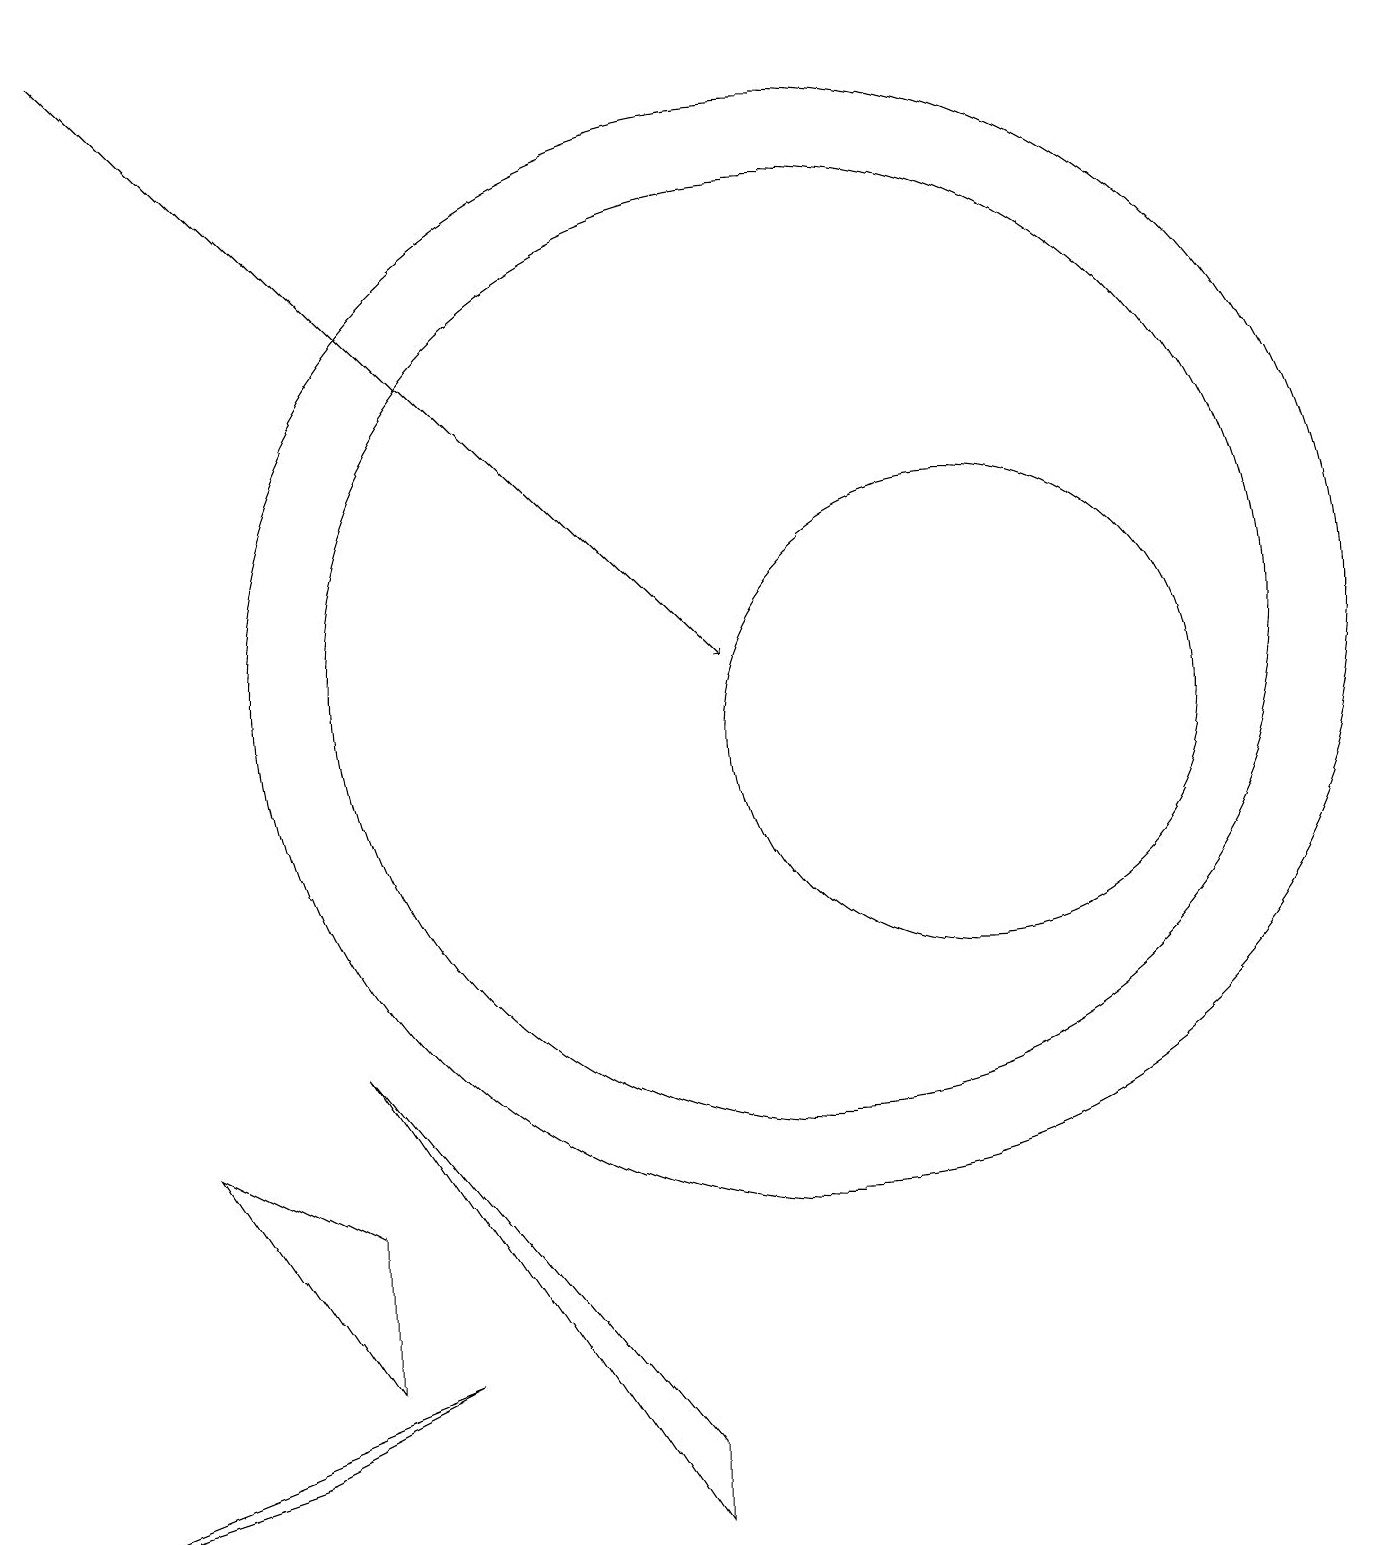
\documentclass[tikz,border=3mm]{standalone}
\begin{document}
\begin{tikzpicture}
\draw (10,11) circle (7);
\draw (12,10) circle (3);
\draw (2,0) -- (0,0) -- (2,0) -- cycle;
\draw (3,1) -- (0,0) -- (5,2) -- cycle;
\draw[->] (1,19) -- (9,11);
\draw (4,2) -- (4,4) -- (2,5) -- cycle;
\draw (10,11) circle (6);
\draw (8,1) -- (4,6) -- (8,0) -- cycle;
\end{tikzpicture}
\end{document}